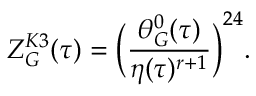
Z _ { \cal G } ^ { K 3 } ( \tau ) = \biggl ( \frac { \theta _ { \cal G } ^ { 0 } ( \tau ) } { \eta ( \tau ) ^ { r + 1 } } \biggr ) ^ { 2 4 } .